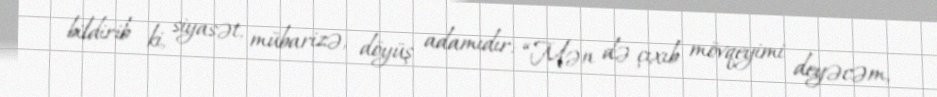
bildirib ki, siyasət, mübarizə, döyüş adamıdır: “Mən də çıxıb mövqeyimi deyəcəm,